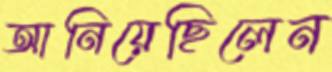
আনিয়েছিলেন